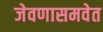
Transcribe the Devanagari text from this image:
जेवणासमवेत